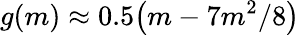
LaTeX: g(m)\approx 0.5\big(m-7m^{2}/8\big)